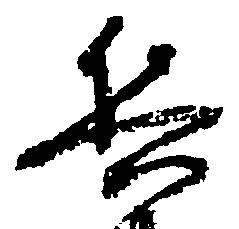
兵